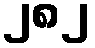
၂၈၂